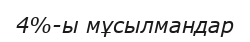
4%-ы мұсылмандар